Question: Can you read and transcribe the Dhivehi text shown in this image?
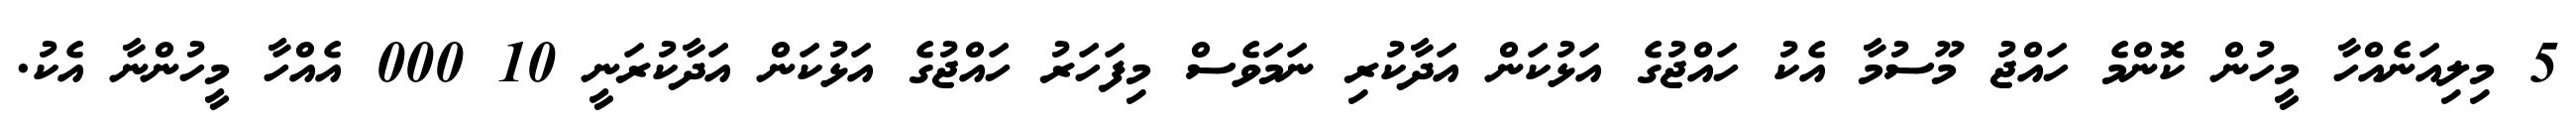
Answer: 5 މިލިއަނެއްހާ މީހުން ކޮންމެ ހައްޖު މޫސުމާ އެކު ހައްޖުގެ އަޅުކަން އަދާކުރި ނަމަވެސް މިފަހަރު ހައްޖުގެ އަޅުކަން އަދާކުރަނީ 10 000 އެއްހާ މީހުންނާ އެކު.